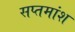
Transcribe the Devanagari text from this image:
सप्तमांश